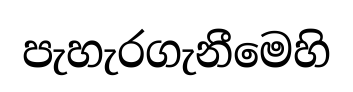
පැහැරගැනීමෙහි